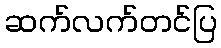
ဆက်လက်တင်ပြ